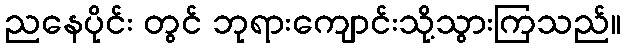
ညနေပိုင်း တွင် ဘုရားကျောင်းသို့သွားကြသည်။